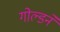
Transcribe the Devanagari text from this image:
गोल्डने